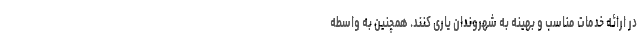
در ارائه خدمات مناسب و بهینه به شهروندان یاری کنند. همچنین به واسطه